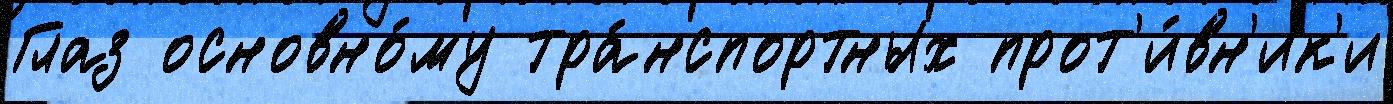
Глаз основно́му тра́нспортных прот'и́вн'ик'и